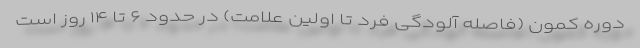
دوره کمون (فاصله آلودگی فرد تا اولین علامت) در حدود ۶ تا ۱۴ روز است